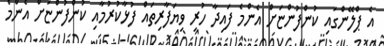
އެ ޕްލޭންގައި ކުންފުންޏަށް އެންމެ ފައިދާ ހުރި ވިޔަފާރިތައް ފުޅާކުރުމާއި ކުންފުންޏަށް އެންމެ